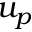
u _ { p }